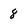
Character: 8